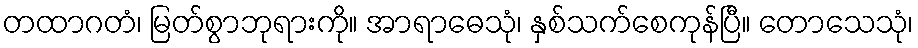
တထာဂတံ၊ မြတ်စွာဘုရားကို။ အာရာဓေသုံ၊ နှစ်သက်စေကုန်ပြီ။ တောသေသုံ၊